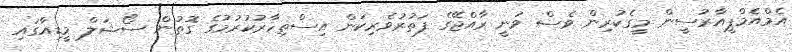
އެމްއެމްޕީއާރުސީން މީގެކުރިން ވެސް ވަނީ ރާއްޖޭގެ ފަތުރުވެރިކަން އިސްތިހާރުކުރުމުގެ ގޮތުން ސޯޝަލް މީޑިއާގައި